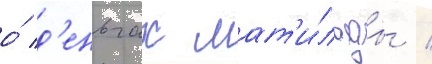
о́ д'еньгах мат'и́льды /